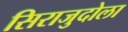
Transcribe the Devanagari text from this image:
सिराजुदोला